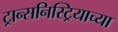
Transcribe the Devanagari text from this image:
ट्रान्सनिस्ट्रियाच्या